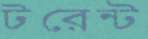
টরেন্ট